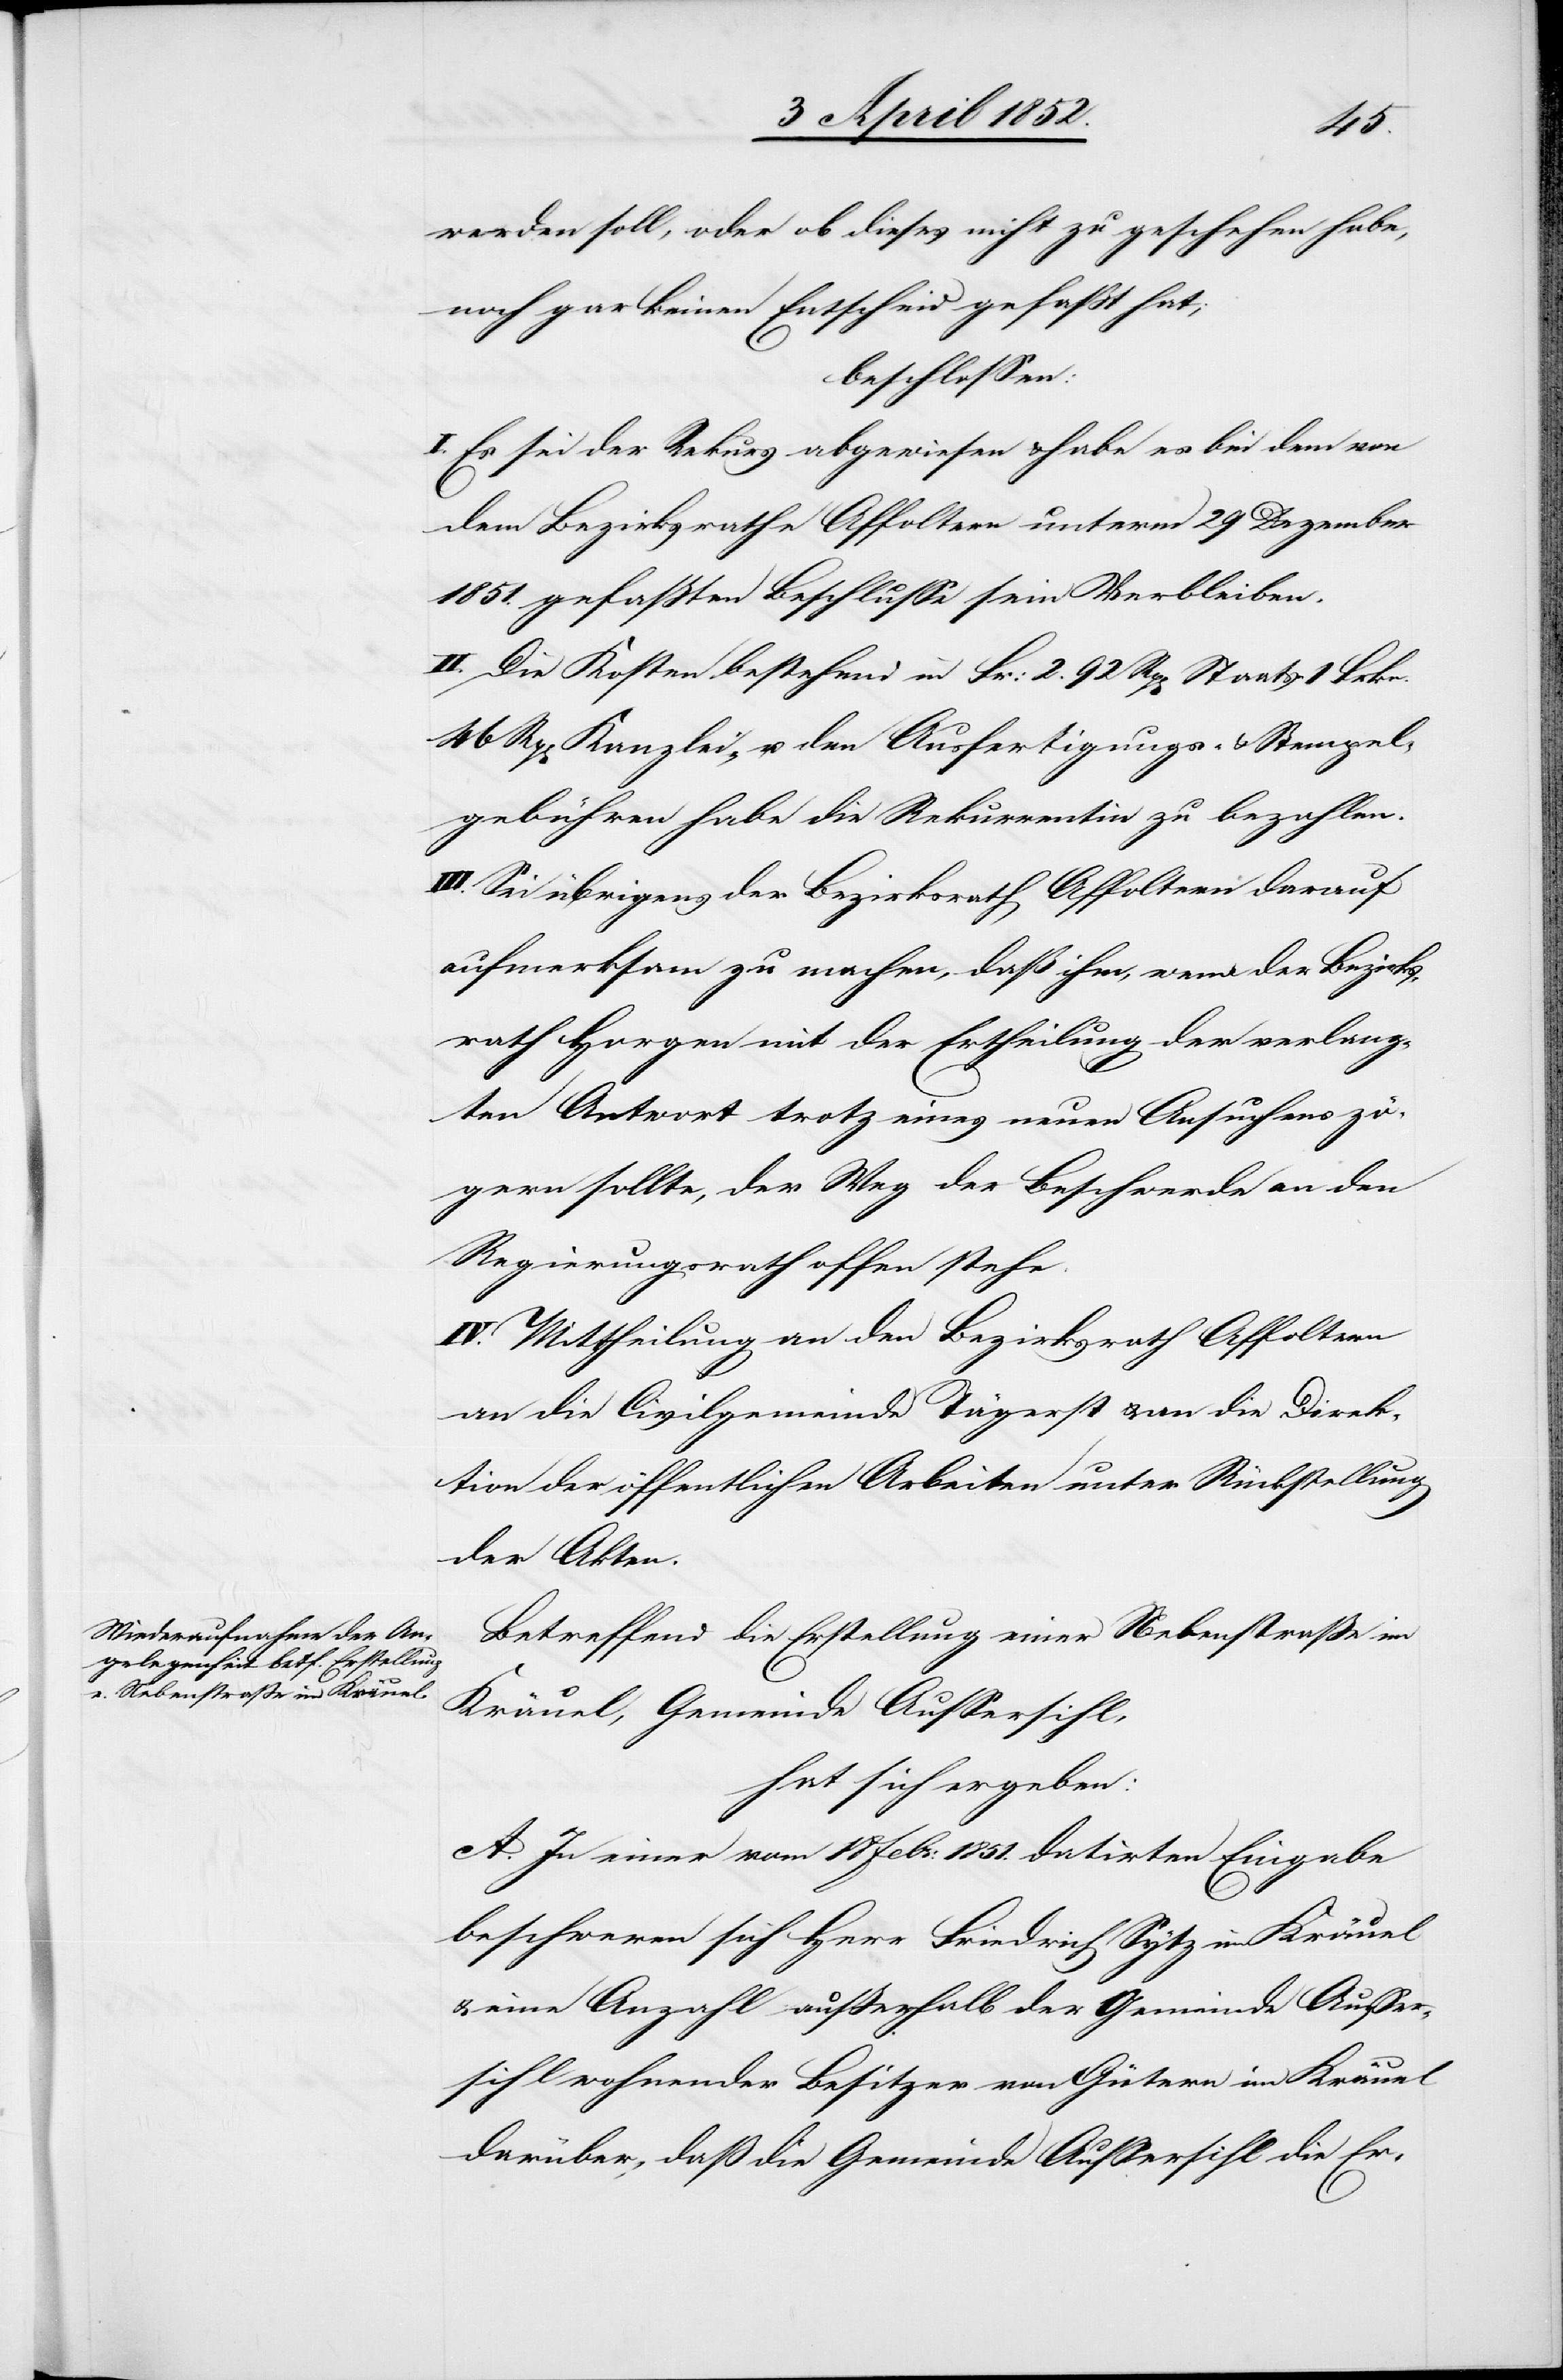
werden soll, oder ob dieses nicht zu geschehen habe,
noch gar keinen Entscheid gefaßt hat;
beschlossen:
I. Es sei der Rekurs abgewiesen & habe es bei dem von
dem Bezirksrathe Affoltern unterm 29 Dezember
1851. gefaßten Beschlusse sein Verbleiben.
II. Die Kosten bestehend in Fr: 2. 92 Rp[en] Staats-[,]
46 Rp[en] Kanzlei- u. den Ausfertigungs- & Stempel¬
gebühren habe die Rekurrentin zu bezahlen.
III. Sei übrigens der Bezirksrath Affoltern darauf
aufmerksam zu machen, daß ihm, wenn der Bezirks¬
rath Horgen mit der Ertheilung der verlang¬
ten Antwort trotz eines neuen Ansuchens zö¬
gern sollte, der Weg der Beschwerde an den
Regierungsrath offen stehe.
IV. Mittheilung an den Bezirksrath Affoltern[,]
an die Civilgemeinde Tägerst & an die Direk¬
tion der öffentlichen Arbeiten unter Rückstellung
der Akten.
Betreffend die Erstellung einer Nebenstrasse im
Kräuel, Gemeinde Aussersihl,
hat sich ergeben:
A. In einer vom 18 Febr: 1851. datirten Eingabe
beschweren sich Herr Friedrich Sytz im Kräuel
& eine Anzahl ausserhalb der Gemeinde Ausser¬
sihl wohnender Besitzer von Gütern im Kräuel
darüber, daß die Gemeinde Aussersihl die Er-